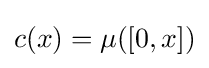
{\textstyle c(x)=\mu ([0,x])}